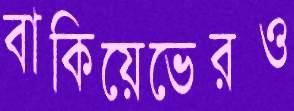
বাকিয়েভেরও